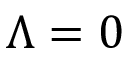
\Lambda = 0